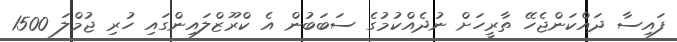
ފައިސާ ދައްކަންޖެހޭ ތާރީހަށް ނުދެއްކުމުގެ ސަބަބުން އެ ކްރޫޒްލައިންގައި ހުރި ޖުމްލަ 1500